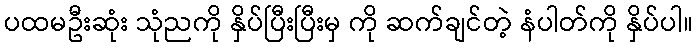
ပထမဦးဆုံး သုံညကို နှိပ်ပြီးပြီးမှ ကို ဆက်ချင်တဲ့ နံပါတ်ကို နှိပ်ပါ။